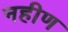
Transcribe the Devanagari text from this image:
नहीण